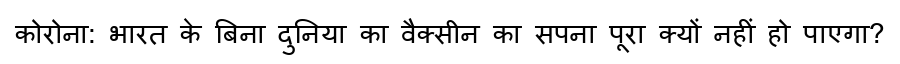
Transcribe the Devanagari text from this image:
कोरोना: भारत के बिना दुनिया का वैक्सीन का सपना पूरा क्यों नहीं हो पाएगा?